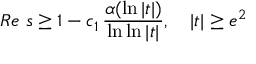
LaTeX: R e \ s \geq 1 - c _ { 1 } \, { \frac { \alpha ( \ln | t | ) } { \ln \ln | t | } } , \quad | t | \geq e ^ { 2 }